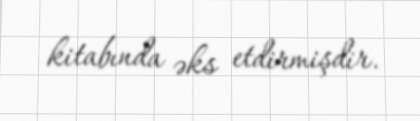
kitabında əks etdirmişdir.